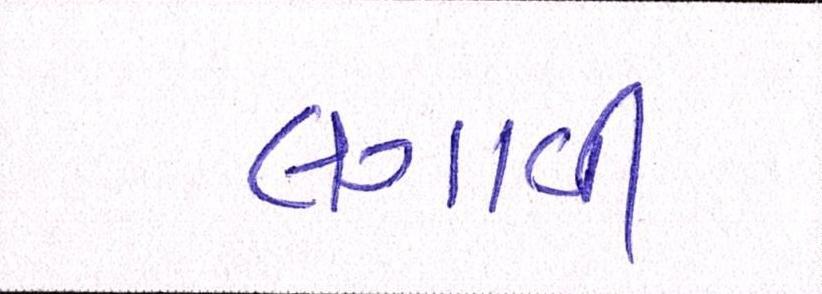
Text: લગાવી